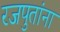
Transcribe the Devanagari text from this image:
रजपुतांना